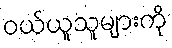
ဝယ်ယူသူများကို